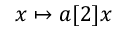
x \mapsto a [ 2 ] x